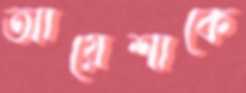
আয়েশাকে